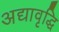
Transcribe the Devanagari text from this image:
अद्यावृद्धि